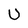
Character: U